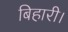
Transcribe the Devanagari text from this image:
बिहारी।